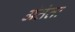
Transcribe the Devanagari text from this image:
अंतंतः